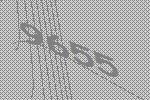
9655